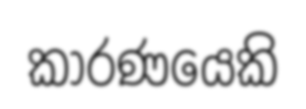
කාරණයෙකි